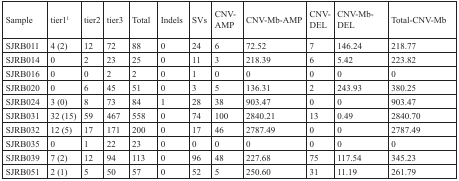
<table><thead><tr><td><b>Sample</b></td><td><b>tierl<sup>1</sup></b></td><td><b>tier2</b></td><td><b>tier3</b></td><td><b>Total</b></td><td><b>Indels</b></td><td><b>SVs</b></td><td><b>CNV-AMP</b></td><td><b>CNV-Mb-AMP</b></td><td><b>CNV-DEL</b></td><td><b>CNV-Mb-DEL</b></td><td><b>Total-CNV-Mb</b></td></tr></thead><tbody><tr><td>SJRB011</td><td>4(2)</td><td>12</td><td>72</td><td>88</td><td>0</td><td>24</td><td>6</td><td>72.52</td><td>7</td><td>146.24</td><td>218.77</td></tr><tr><td>SJRB014</td><td>0</td><td>2</td><td>23</td><td>25</td><td>0</td><td>11</td><td>3</td><td>218.39</td><td>6</td><td>5.42</td><td>223.82</td></tr><tr><td>SJRB016</td><td>0</td><td>0</td><td>2</td><td>2</td><td>0</td><td>1</td><td>0</td><td>0</td><td>0</td><td>0</td><td>0</td></tr><tr><td>SJRB020</td><td>0</td><td>6</td><td>45</td><td>51</td><td>0</td><td>3</td><td>5</td><td>136.31</td><td>2</td><td>243.93</td><td>380.25</td></tr><tr><td>SJRB024</td><td>3(0)</td><td>8</td><td>73</td><td>84</td><td>1</td><td>28</td><td>38</td><td>903.47</td><td>0</td><td>0</td><td>903.47</td></tr><tr><td>SJRB031</td><td>32(15)</td><td>59</td><td>467</td><td>558</td><td>0</td><td>74</td><td>100</td><td>2840.21</td><td>13</td><td>0.49</td><td>2840.70</td></tr><tr><td>SJRB032</td><td>12(5)</td><td>17</td><td>171</td><td>200</td><td>0</td><td>17</td><td>46</td><td>2787.49</td><td>0</td><td>0</td><td>2787.49</td></tr><tr><td>SJRB035</td><td>0</td><td>1</td><td>22</td><td>23</td><td>0</td><td>0</td><td>0</td><td>0</td><td>0</td><td>0</td><td>0</td></tr><tr><td>SJRB039</td><td>7(2)</td><td>12</td><td>94</td><td>113</td><td>0</td><td>96</td><td>48</td><td>227.68</td><td>75</td><td>117.54</td><td>345.23</td></tr><tr><td>SJRB051</td><td>2(1)</td><td>5</td><td>50</td><td>57</td><td>0</td><td>52</td><td>5</td><td>250.60</td><td>31</td><td>11.19</td><td>261.79</td></tr></tbody></table>